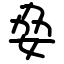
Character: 姭